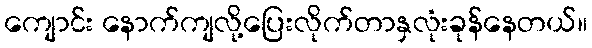
ကျောင်း နောက်ကျလို့ပြေးလိုက်တာနှလုံးခုန်နေတယ်။